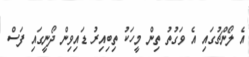
އެ ލޯންޗުގައި އެ ވަގުތު ތިން މީހަކު ތިބިއިރު ޑައިވިން ދޯނީގައި ފަސް